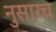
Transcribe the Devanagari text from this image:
नुसारच